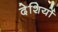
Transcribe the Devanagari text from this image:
देशियों